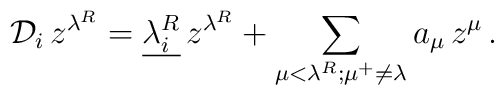
{\mathcal D}_i \, z^{\lambda^{R}} = \underline{{ \lambda}_i^R} \,z^{\lambda^{R}} +\sum_{\mu< \lambda^{R}; \mu^+ \neq \lambda}       a_{\mu} \, z^{\mu} \, .